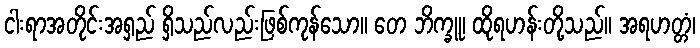
ငါးရာအတိုင်းအရှည် ရှိသည်လည်းဖြစ်ကုန်သော။ တေ ဘိက္ခူ၊ ထိုရဟန်းတို့သည်။ အရဟတ္တံ၊